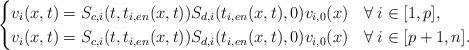
LaTeX: \begin{align*} \begin{cases} v_i(x,t)=S_{c,i}(t,t_{i,en}(x,t))S_{d,i}(t_{i,en}(x,t),0)v_{i,0}(x) & \forall\:i\in[1,p],\\ v_i(x,t)=S_{c,i}(t,t_{i,en}(x,t))S_{d,i}(t_{i,en}(x,t),0)v_{i,0}(x) & \forall\:i\in[p+1,n]. \end{cases} \end{align*}